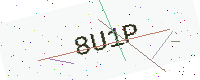
Text: 8U1P